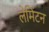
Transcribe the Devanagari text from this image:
लेमिंटन